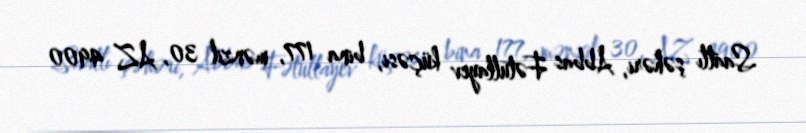
Saatlı şəhəri, Abbas Fətullayev küçəsi, bina 177, mənzil 30, AZ 4900